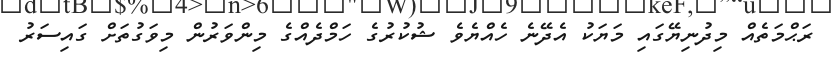
ރަޙްމަތެއް މިދުނިޔޭގައި މަޔަކު އެދޭނެ ހެއްޔެވެ ޝުކުރުގެ ހަމްދެއްގެ މިންވަރުން މިވަގުތަށް ގައިސަރު